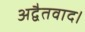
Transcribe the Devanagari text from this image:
अद्वैतवाद।